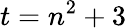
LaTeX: t=n^{2}+3